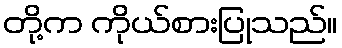
တို့က ကိုယ်စားပြုသည်။